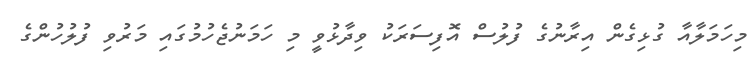
މިހަމަލާއާ ގުޅިގެން އިރާނުގެ ފުލުސް އޮފިސަރަކު ވިދާޅުވީ މި ހަމަނުޖެހުމުގައި މަރުވި ފުލުހުންގެ